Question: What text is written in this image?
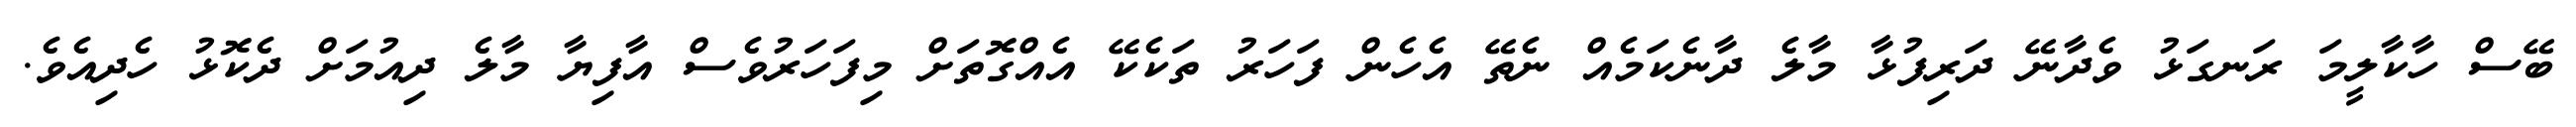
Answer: ބޭސް ހާކާލީމަ ރަނގަޅު ވެދާނޭ ދަރިފުޅާ މާލެ ދާނެކަމެއް ނެތޭ އެހެން ފަހަރު ތަކެކޭ އެއްގޮތަށް މިފަހަރުވެސް އާފިޔާ މާލެ ދިއުމަށް ދެކޮޅު ހެދިއެވެ.